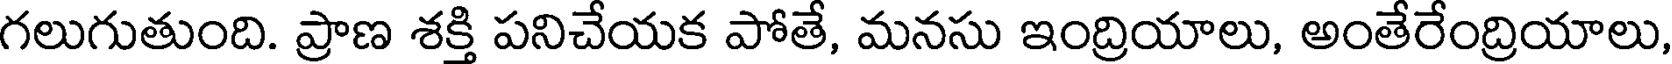
గలుగుతుంది. ప్రాణ శక్తి పనిచేయక పోతే, మనసు ఇంద్రియాలు, అంతేరేంద్రియాలు